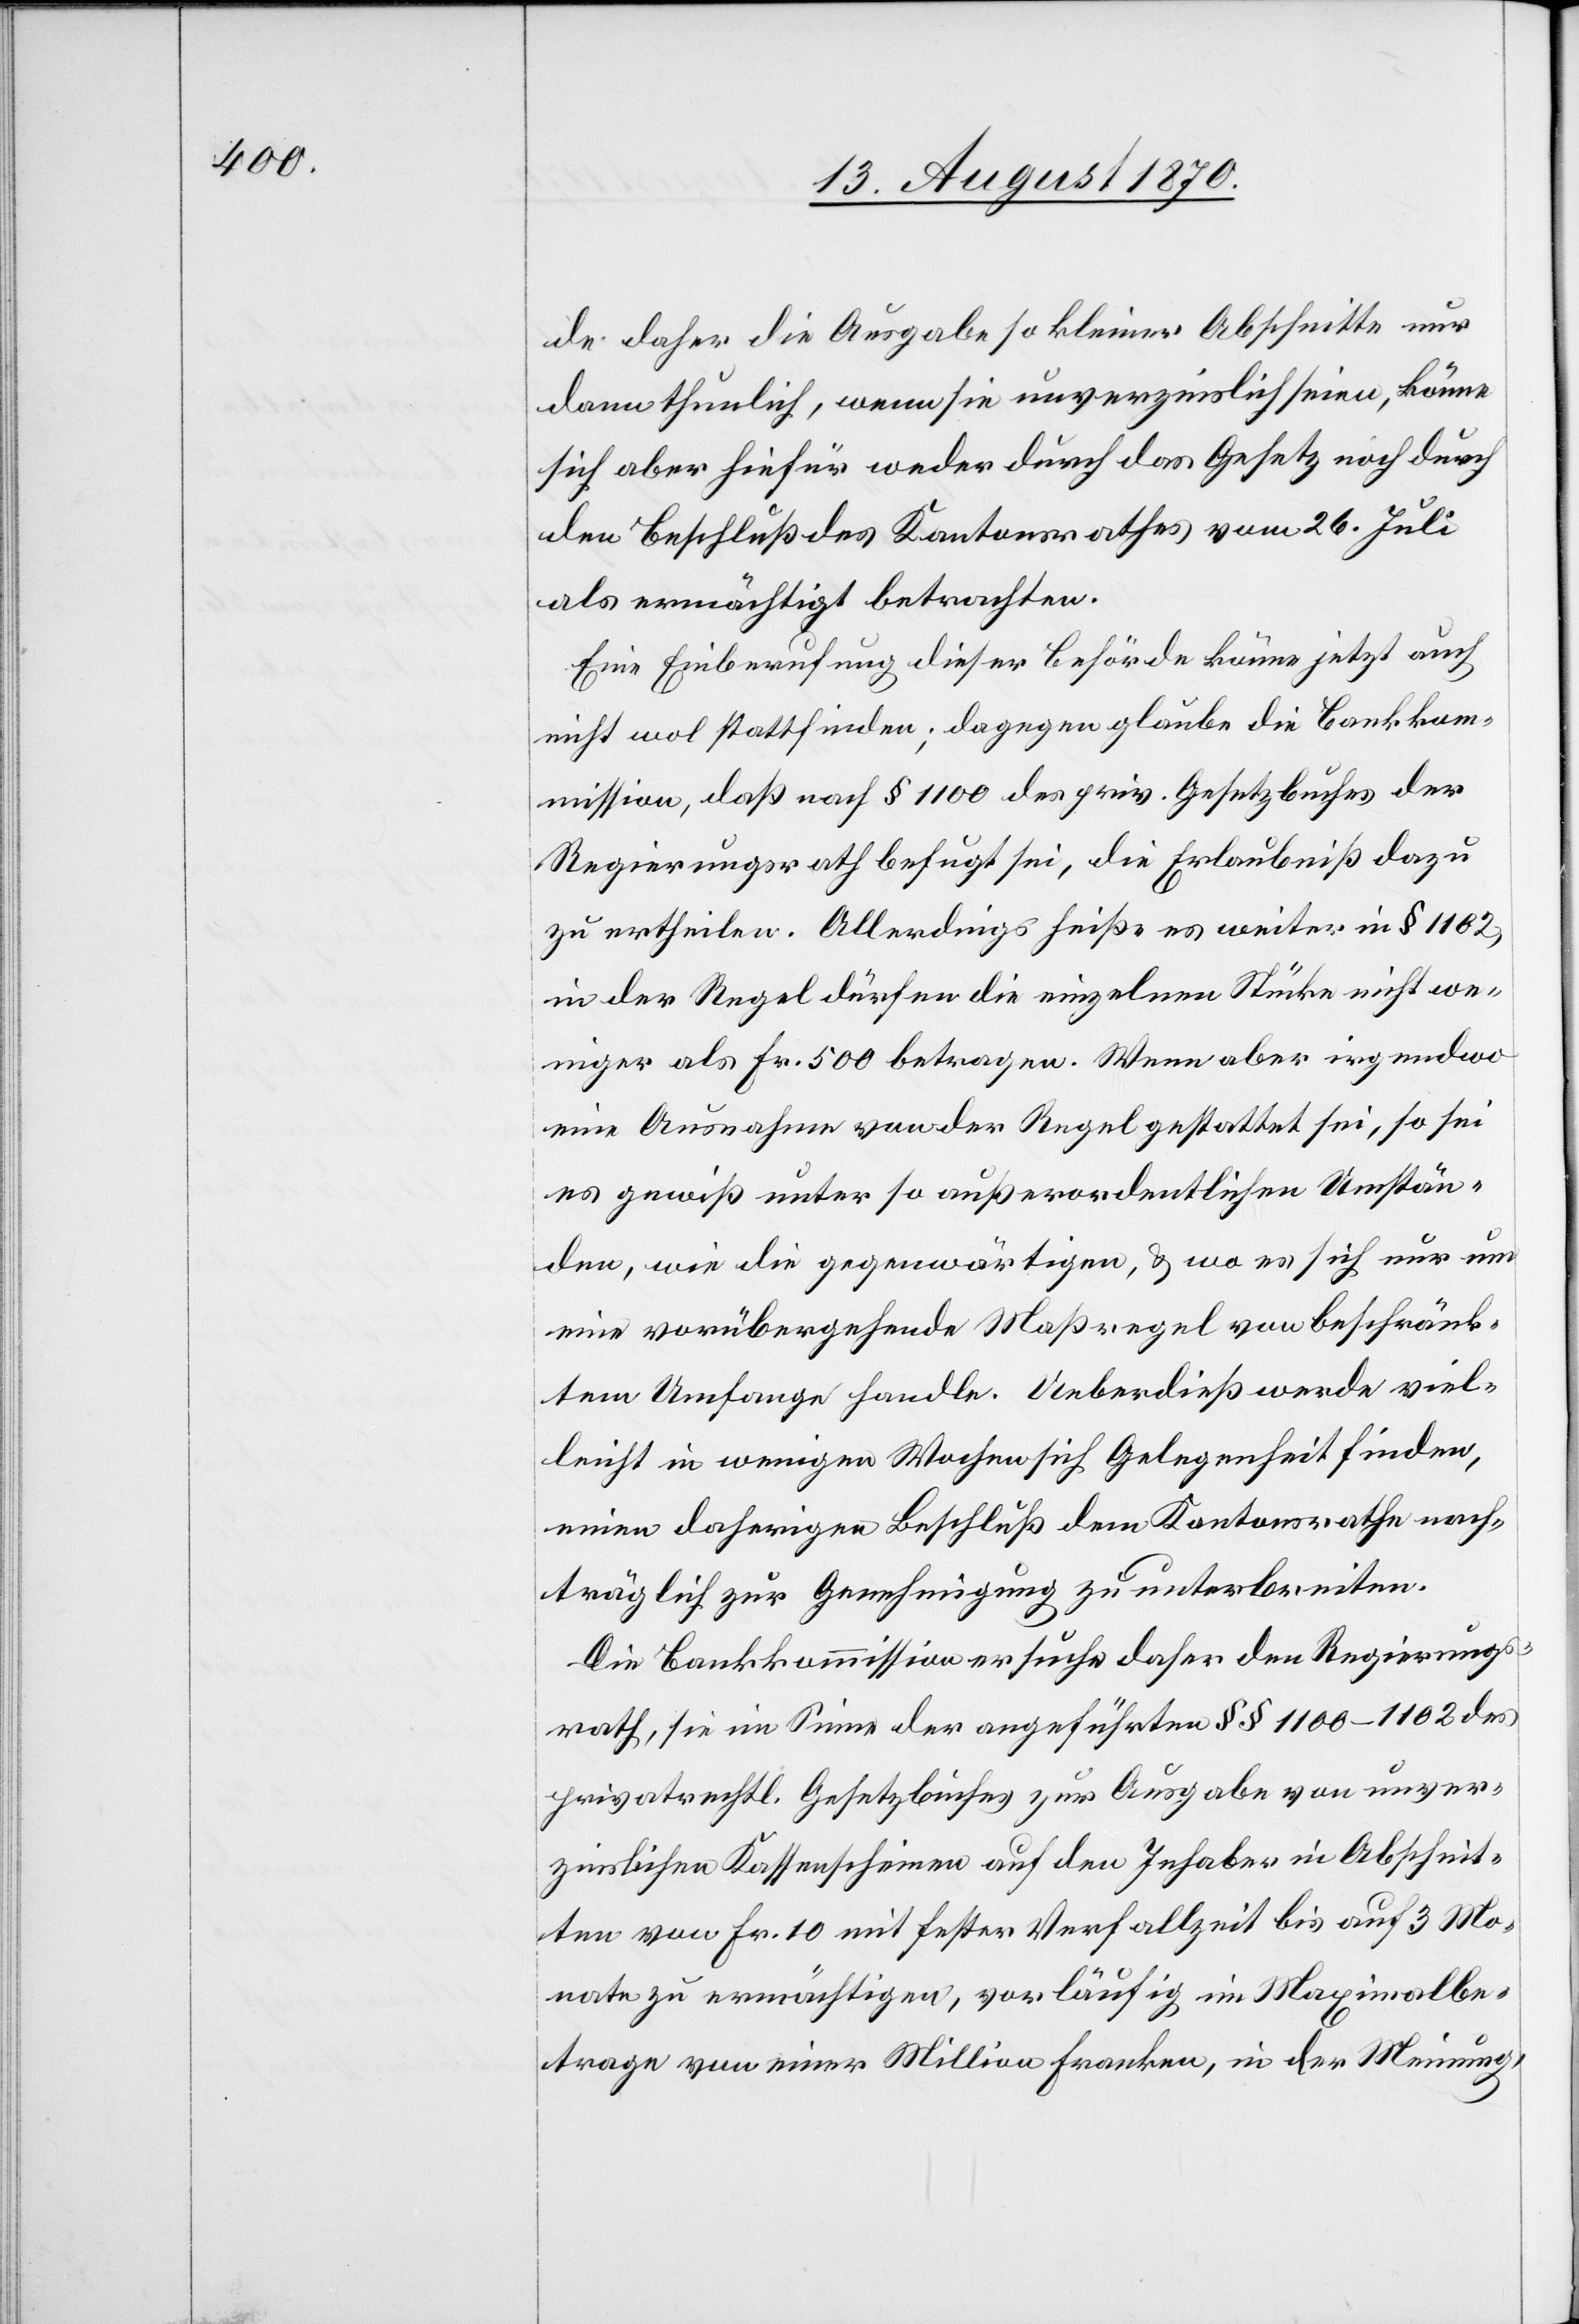
de daher die Ausgabe so kleiner Abschnitte nur
dann thunlich, wenn sie unverzinslich seinen, könne
sich aber hiefür weder durch das Gesetz noch durch
den Beschluß des Kantonsrathes vom 26. Juli
als ermächtigt betrachten.
Eine Einberufung dieser Behörde könne jetzt auch
nicht wol stattfinden; dagegen glaube die Bankko¬
mmission, daß nach § 1100 des priv. Gesetzbuches der
Regierungsrath befugt sei, die Erlaubniß dazu
zu ertheilen. Allerdings heiße es weiter in § 1102
in der Regel dürfen die einzelnen Stücke nicht we¬
niger als Fr. 500 betragen. Wenn aber irgendwo
eine Ausnahme von der Regel gestattet sei, so sei
es gewiß unter so außerordentlichen Umstän¬
den, wie die gegenwärtigen [sic!], & wo es sich nur um
eine vorübergehende Maßregel von beschränk¬
tem Umfange handle. Ueberdieß werde viel¬
leicht in wenigen Wochen sich Gelegenheit finden,
einen daherigen Beschluß dem Kantonsrathe nach¬
träglich zur Genehmigung zu unterbreiten.
Die Bankkommission ersuche daher den Regierungs¬
rath, sie im Sinne der angeführten §§ 1100–1102 des
privatrechtl. Gesetzbuches zur Ausgabe von unver¬
zinslichen Kassenscheinen auf den Inhaber in Abschnit¬
ten von Fr. 10 mit fester Verfallzeit bis auf 3 Mo¬
nate zu ermächtigen, vorläufig im Maximalbe¬
trage von einer Million Franken, in der Meinung,